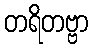
တရိတဗ္ဗာ